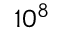
1 0 ^ { 8 }